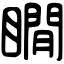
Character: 瞯